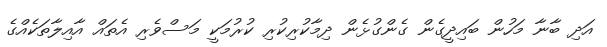
އަދި ބާނާ މަހުން ބައިދީގެން ގެންގުޅެން ދިމާކުރިކުރި ކުރުމަކީ މަސްވެރި އެތައް އާއިލާތަކެއްގެ